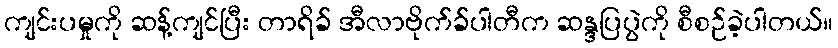
ကျင်းပမှုကို ဆန့်ကျင်ပြီး တာရိခ် အီလာဗိုက်ခ်ပါတီက ဆန္ဒပြပွဲကို စီစဉ်ခဲ့ပါတယ်။